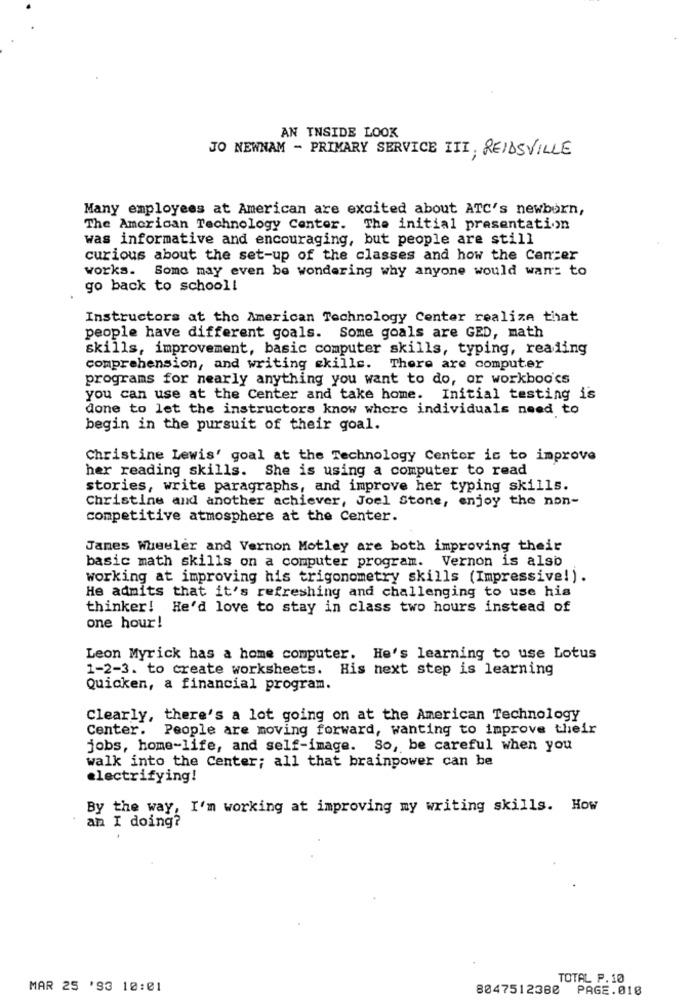
AN INSIDE LOOK
JO NEWNAM - PRIMARY SERVICE III, REIDSVILLE
Many employees at American are excited about ATC's newborn,
The American Technology Center. The initial presentation
was informative and encouraging, but people are still
curious about the set-up of the classes and how the Center
works. Some may even be wondering why anyone would want to
go back to school!
Instructors at the American Technology Center realize that
people have different goals. Some goals are GED, math
skills, improvement, basic computer skills, typing, reading
comprehension, and writing skills. There are computer
programs for nearly anything you want to do, or workboo'cs
you can use at the Center and take home. Initial testing is
done to let the instructors know where individuals need to
begin in the pursuit of their goal.
Christine Lewis' goal at the Technology Center is to improve
her reading skills. She is using a computer to read
stories, write paragraphs, and improve her typing skills.
Christine and another achiever, Joel Stone, enjoy the non-
competitive atmosphere at the Center.
Janes Wheeler and Vernon Motley are both improving their
basic math skills on a computer program. Vernon is also
working at improving his trigonometry skills (Impressive!).
He admits that it's refreshing and challenging to use his
thinker! He'd love to stay in class two hours instead of
one hour!
Leon Myrick has a home computer. He's learning to use Lotus
1-2-3. to create worksheets. His next step is learning
Quicken, a financial program.
Clearly, there's a lot going on at the American Technology
Center.
People are moving forward, wanting to improve their
jobs, home-life, and self-image. So, be careful when you
walk into the Center; all that brainpower can be
electrifying!
By the way, I'm working at improving my writing skills. How
am I doing?
TOTAL P.10
MAR 25 '93 10:01
8047512380 PAGE.018